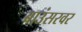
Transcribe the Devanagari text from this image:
बाउंसरवर